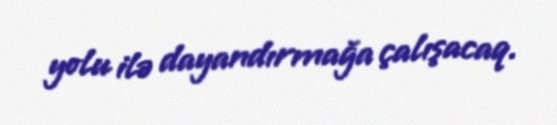
yolu ilə dayandırmağa çalışacaq.